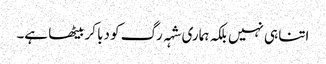
اتنا ہی نہیں بلکہ ہماری شہہ رگ کو دبا کر بیٹھا ہے۔